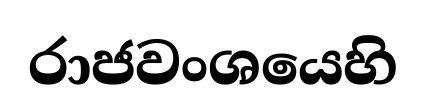
රාජවංශයෙහි